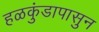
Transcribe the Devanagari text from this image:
हळकुंडापासुन